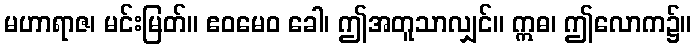
မဟာရာဇ၊ မင်းမြတ်။ ဧဝမေဝ ခေါ၊ ဤအတူသာလျှင်။ ဣဓ၊ ဤလောက၌။